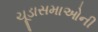
ચૂડાસમાઓની